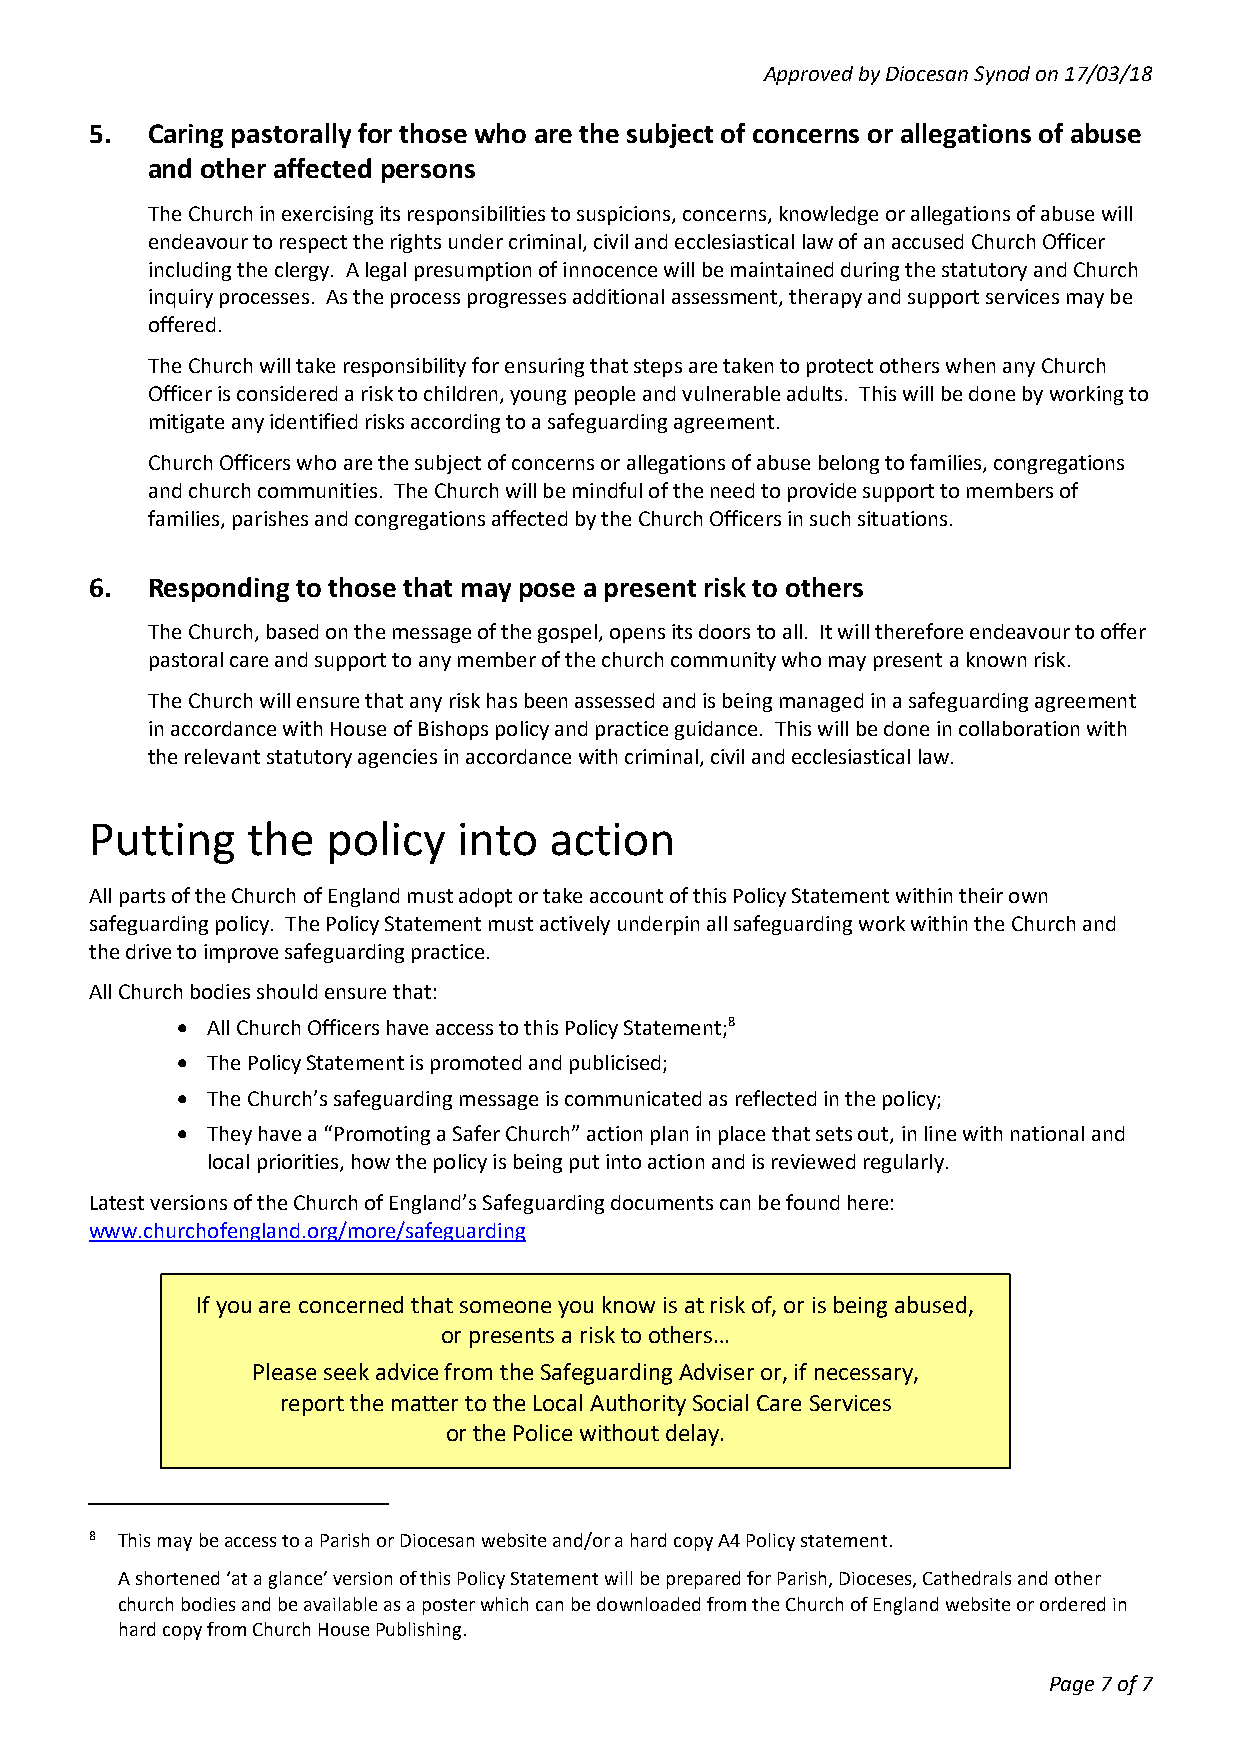
Approved by Diocesan Synod on 17/03/18
 5.  Caring pastorally for those who are the subject of concerns or allegations of abuse
 and other affected persons
 The Church in exercising its responsibilities to suspicions, concerns, knowledge or allegations of abuse will
 endeavour to respect the rights under criminal, civil and ecclesiastical law of an accused Church Officer
 including the clergy. A legal presumption of innocence will be maintained during the statutory and Church
 inquiry processes. As the process progresses additional assessment, therapy and support services may be
 offered.
 The Church will take responsibility for ensuring that steps are taken to protect others when any Church
 Officer is considered a risk to children, young people and vulnerable adults. This will be done by working to
 mitigate any identified risks according to a safeguarding agreement.
 Church Officers who are the subject of concerns or allegations of abuse belong to families, congregations
 and church communities. The Church will be mindful of the need to provide support to members of
 families, parishes and congregations affected by the Church Officers in such situations.
 6.  Responding to those that may pose a present risk to others
 The Church, based on the message of the gospel, opens its doors to all. It will therefore endeavour to offer
 pastoral care and support to any member of the church community who may present a known risk.
 The Church will ensure that any risk has been assessed and is being managed in a safeguarding agreement
 in accordance with House of Bishops policy and practice guidance. This will be done in collaboration with
 the relevant statutory agencies in accordance with criminal, civil and ecclesiastical law.
 Putting   the   policy  into  action
 All parts of the Church of England must adopt or take account of this Policy Statement within their own
 safeguarding policy. The Policy Statement must actively underpin all safeguarding work within the Church and
 the drive to improve safeguarding practice.
 All Church bodies should ensure that:
  All Church Officers have access to this Policy Statement;8
  The Policy Statement is promoted and publicised;
  The Church’s safeguarding message is communicated as reflected in the policy;
  They have a “Promoting a Safer Church” action plan in place that sets out, in line with national and
 local priorities, how the policy is being put into action and is reviewed regularly.
 Latest versions of the Church of England’s Safeguarding documents can be found here:
 www.churchofengland.org/more/safeguarding
 If you are concerned that someone you know is at risk of, or is being abused,
 or presents a risk to others…
 Please seek advice from the Safeguarding Adviser or, if necessary,
 report the matter to the Local Authority Social Care Services
 or the Police without delay.
 8 This may be access to a Parish or Diocesan website and/or a hard copy A4 Policy statement.
 A shortened ‘at a glance’ version of this Policy Statement will be prepared for Parish, Dioceses, Cathedrals and other
 church bodies and be available as a poster which can be downloaded from the Church of England website or ordered in
 hard copy from Church House Publishing.
 Page 7 of 7